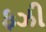
ફઝી